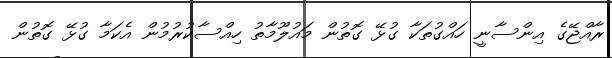
ރާއްޖޭގެ އިންސާނީ ހައްގުތަކާ ގުޅޭ ގޮތުން މައުލޫމާތު ހިއްސާކުރުމުން އެކަމާ ގުޅޭ ގޮތުން